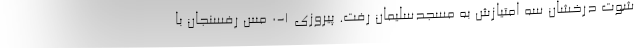
شوت درخشان سه امتیازش به مسجدسلیمان رفت. پیروزی 1-0 مس رفسنجان با